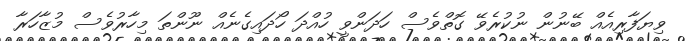
ވިޔަފާރިއެއް ބޭނުން ނުކުރެވޭ ގޮތްވެސް ހަދަންވީ ހުއްދަ ހޯދައިގެނެއް ނޫންތަ މިހާރުވެސް މުޒާހަރާ